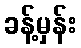
ခန့်မှန်း